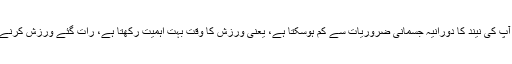
ورزش کرنا صحت کے لیے فائدہ مند ہے مگر سونے سے کچھ دیر قبل ایسا کرنے کا مطلب ہے کہ آپ کی نیند کا دورانیہ جسمانی ضروریات سے کم ہوسکتا ہے، یعنی ورزش کا وقت بہت اہمیت رکھتا ہے، رات گئے ورزش کرنے سے نیند متاثر ہونے کا امکان زیادہ ہوتا ہے کیونکہ ایسا کرنے سے جسمانی گھڑی متاثر ہوتی ہے۔